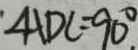
\angle A D C = 9 0 ^ { \circ } .